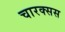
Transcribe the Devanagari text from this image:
चारक्सस